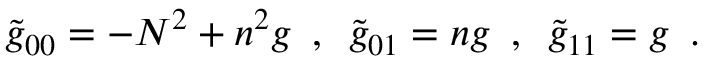
\tilde { g } _ { 0 0 } = - N ^ { 2 } + n ^ { 2 } g \, \, \, , \, \, \, \tilde { g } _ { 0 1 } = n g \, \, \, , \, \, \, \tilde { g } _ { 1 1 } = g \, \, \, .